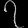
Digit: ၇